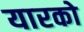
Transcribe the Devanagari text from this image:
यारको